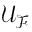
\mathcal { U } _ { \mathcal { F } }